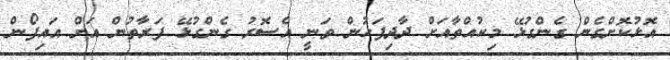
އޮޅުކޮށްގެން ގެންގުޅޭ މިކުއްތާއަށް ދާދިފަހުން ވަނީ އެސޮރު ގެންގުޅޭ ފަރާތުން އަށް އައިފޯން